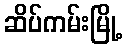
ဆိပ်ကမ်းမြို့